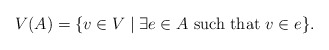
\begin{align*}V(A)=\{ v \in V \mid \exists e \in A \mbox { such that } v \in e\}.\end{align*}